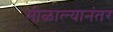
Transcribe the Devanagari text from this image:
मीळाल्यानंतर